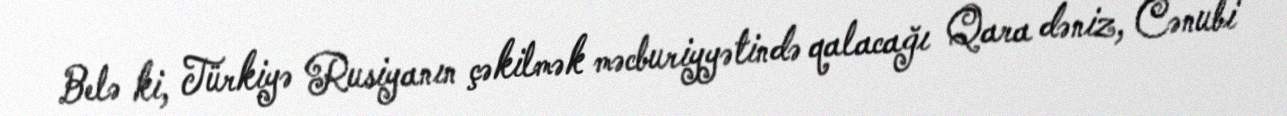
Belə ki, Türkiyə Rusiyanın çəkilmək məcburiyyətində qalacağı Qara dəniz, Cənubi